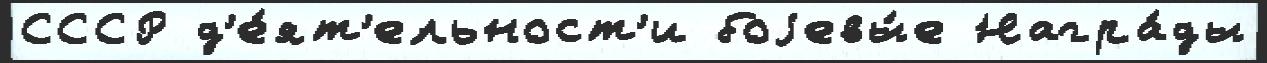
СССР д'е́ят'ельност'и боjевы́е Награ́ды